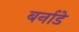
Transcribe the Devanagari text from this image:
बर्नाडे